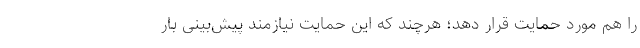
را هم مورد حمایت قرار دهد؛ هرچند که این حمایت نیازمند پیش‌بینی بار